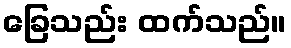
ခြေသည်း ထက်သည်။